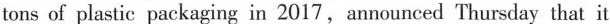
tons of plastic packaging in 2017,announced Thursday that it